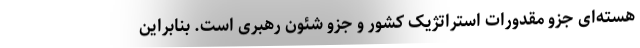
هسته‌ای جزو مقدورات استراتژیک کشور و جزو شئون رهبری است. بنابراین